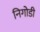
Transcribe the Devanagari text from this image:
निगोडी